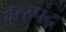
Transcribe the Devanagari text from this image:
हृत्स्पंद